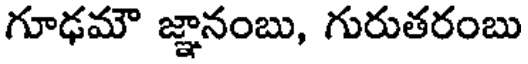
గూఢమౌ జ్ఞానంబు, గురుతరంబు